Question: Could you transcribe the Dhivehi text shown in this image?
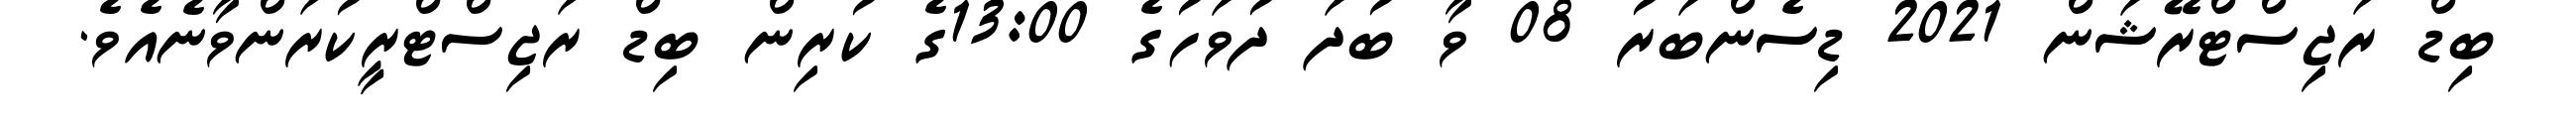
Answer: ބިޑް ރަޖިސްޓްރޭޝަން 2021 ޑިސެންބަރު 08 ވާ ބުދަ ދުވަހުގެ 13:00ގެ ކުރިން ބިޑް ރަޖިސްޓްރީކުރަންވާނެއެވެ.